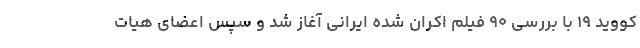
کووید ۱۹ با بررسی ۹۰ فیلم اکران شده ایرانی آغاز شد و سپس اعضای هیات